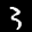
Label: 3